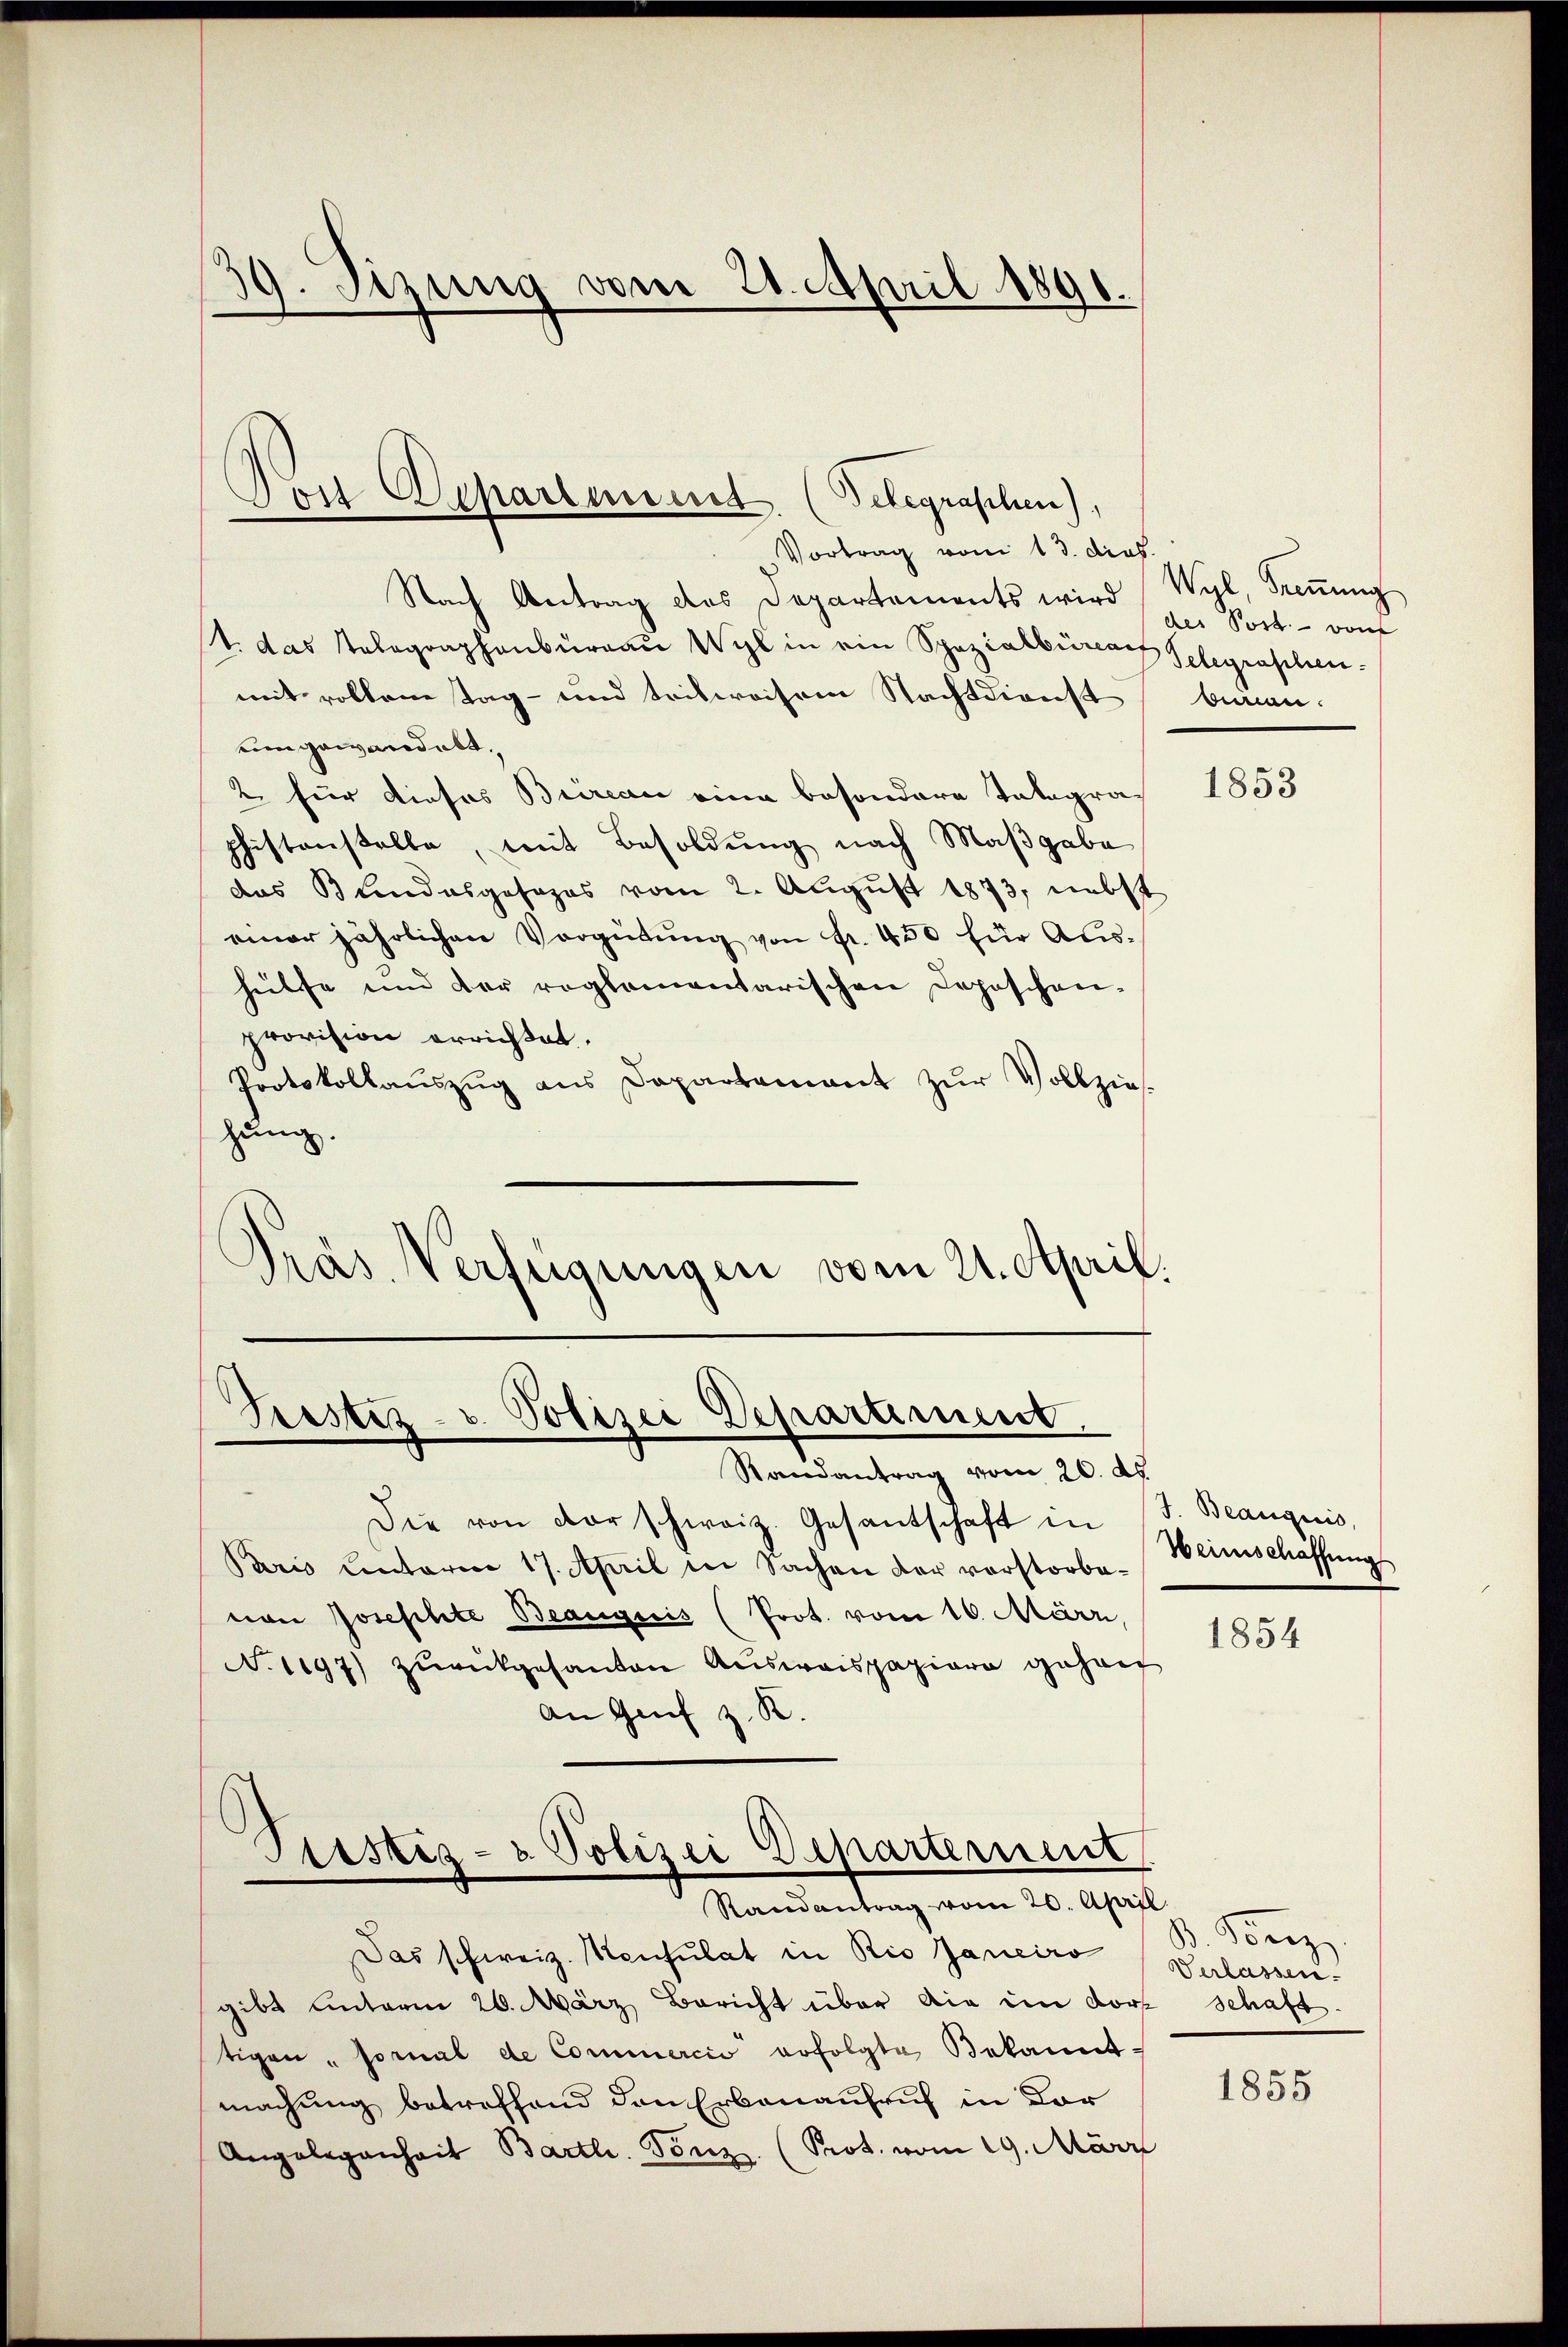
39. Sizung vom 21. April 1891.

Dort Departement. (Telegraphen),

Prestiz- u. Polizei Departiment,
Randantrag vom 20. d.

Vortrag vom 13. dies
Nach Antrag des Departements wird Sort vom
V. das Telegraphenbureau Wyl in ein Spezialbürach Telegraphenmit vollen Tag- und teilweisem Stachtdienst
eingewandelt.
2. für dieses Bureau eine besondere Tatagrachistenstelle, mit Besoldung nach Maßgabe
das Bundesgesages vom 2. August 1873, nebst
einer jährlichen Vergütŭng von Fr. 450 für Aŭs-
hütte und der reglementarischen Deposchen-
provision errichtet.
Protokollaŭszŭg ans Departement zŭr Vollzie-
hung.
Präs. Verfügungen vom 21. April.

Die von der schweiz. Gesantschaft in
Paris einterm 17. April in Sachen der vorstorbevon Josephte Beaugiis (Prot. vom 16. März,
N. 1197) zurükgesanten Auswaispapiere gehen
An Genf z. R.
Piustiz- & Polizei Departement
Randantrag vom 20. April.
Das schweiz. Konsulat in Rio Janeiro
gibt unterm 26. März Bericht über die im dort Schaft
tigen "sornal de Commercio erfolgte Bekanntmachung betreffend den Erbenaufruf in Bor
Angelegenheit Bartl. Tönz. (Prot. vom 19. März

Wyl, Trennung
biren.

1853

J. Beaugnis,
Werinschaffung

1854

d. Beiz
Verlassen.

1855